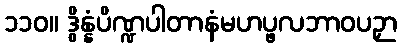
၁၁၀။ ဒွိန္နံပိဏ္ဍပါတာနံမဟပ္ဖလဘာဝပဉှာ